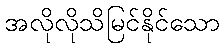
အလိုလိုသိမြင်နိုင်သော